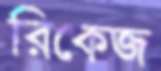
রিকেজ